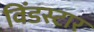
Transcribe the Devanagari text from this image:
विंडस्टार